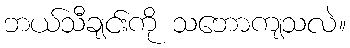
ဘယ်သီချင်းကို သဘောကျသလဲ။